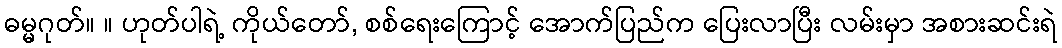
ဓမ္မဂုတ်။ ။ ဟုတ်ပါရဲ့ ကိုယ်တော်, စစ်ရေးကြောင့် အောက်ပြည်က ပြေးလာပြီး လမ်းမှာ အစားဆင်းရဲ